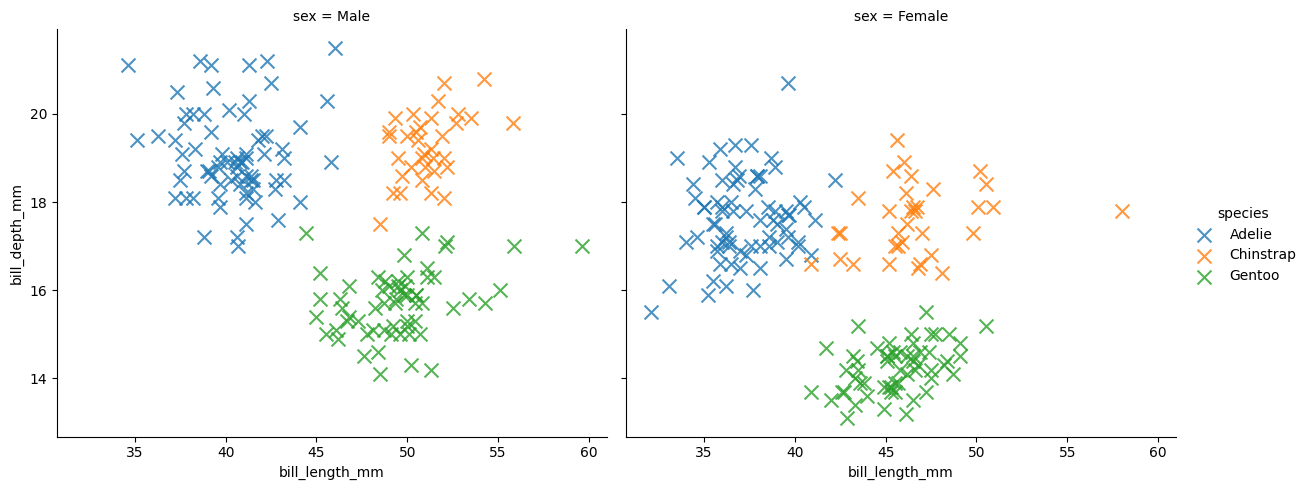
python, seaborn, lmplot, aspect=1.2, order=2, markers='x'